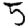
Digit: 5